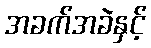
အခက်အခဲနှင့်